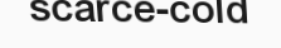
scarce-cold